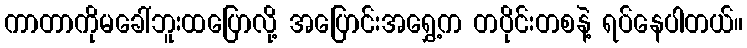
ကာတာကိုမခေါ်ဘူးထပြောလို့ အပြောင်းအရွှေ့က တပိုင်းတစနဲ့ ရပ်နေပါတယ်။